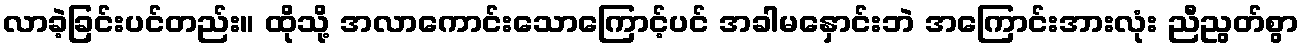
လာခဲ့ခြင်းပင်တည်း။ ထိုသို့ အလာကောင်းသောကြောင့်ပင် အခါမနှောင်းဘဲ အကြောင်းအားလုံး ညီညွတ်စွာ